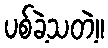
ပစ်ခဲ့သတဲ့။